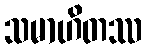
သမာဟိတဿ